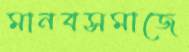
মানবসমাজে